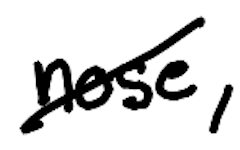
Text: nose,
Cross-out: diagonal
Writing tool: digital_black